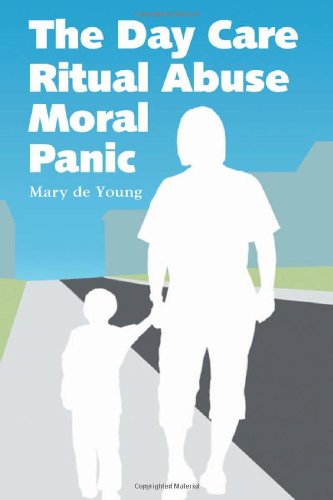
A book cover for The Day Care Ritual Abuse Moral Panic; Mary De Young; Parenting & Relationships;